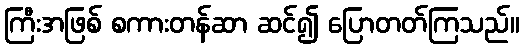
ကြီးအဖြစ် စကားတန်ဆာ ဆင်၍ ပြောတတ်ကြသည်။